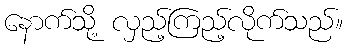
နောက်သို့ လှည့်ကြည့်လိုက်သည်။